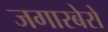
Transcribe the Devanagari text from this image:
जगारबेरो